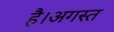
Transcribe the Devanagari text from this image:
है।अगस्त